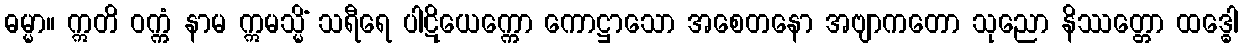
ဓမ္မာ။ ဣတိ ဝက္ကံ နာမ ဣမသ္မိံ သရီရေ ပါဋိယေက္ကော ကောဋ္ဌာသော အစေတနော အဗျာကတော သုညော နိဿတ္တော ထဒ္ဓေါ